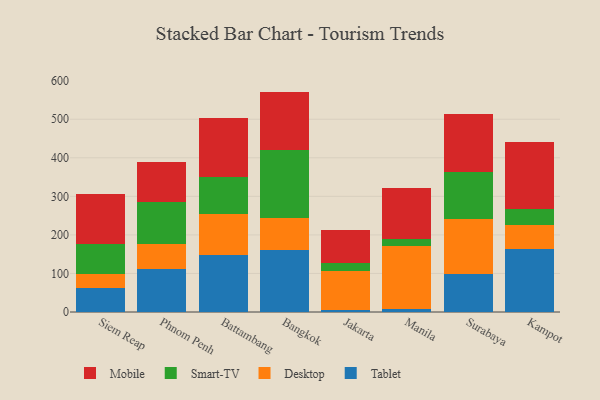
{"axis": {"x": "City", "y": "Page Views"}, "legend": ["Desktop", "Mobile", "Smart-TV", "Tablet"], "data": [{"x": "Siem Reap", "y": 61.4, "type": "Tablet"}, {"x": "Siem Reap", "y": 35.9, "type": "Desktop"}, {"x": "Siem Reap", "y": 78.0, "type": "Smart-TV"}, {"x": "Siem Reap", "y": 130.3, "type": "Mobile"}, {"x": "Phnom Penh", "y": 112.0, "type": "Tablet"}, {"x": "Phnom Penh", "y": 64.4, "type": "Desktop"}, {"x": "Phnom Penh", "y": 109.1, "type": "Smart-TV"}, {"x": "Phnom Penh", "y": 103.3, "type": "Mobile"}, {"x": "Battambang", "y": 147.3, "type": "Tablet"}, {"x": "Battambang", "y": 107.4, "type": "Desktop"}, {"x": "Battambang", "y": 94.7, "type": "Smart-TV"}, {"x": "Battambang", "y": 155.1, "type": "Mobile"}, {"x": "Bangkok", "y": 162.0, "type": "Tablet"}, {"x": "Bangkok", "y": 81.9, "type": "Desktop"}, {"x": "Bangkok", "y": 177.0, "type": "Smart-TV"}, {"x": "Bangkok", "y": 150.8, "type": "Mobile"}, {"x": "Jakarta", "y": 5.7, "type": "Tablet"}, {"x": "Jakarta", "y": 101.3, "type": "Desktop"}, {"x": "Jakarta", "y": 21.0, "type": "Smart-TV"}, {"x": "Jakarta", "y": 83.6, "type": "Mobile"}, {"x": "Manila", "y": 7.2, "type": "Tablet"}, {"x": "Manila", "y": 164.5, "type": "Desktop"}, {"x": "Manila", "y": 18.7, "type": "Smart-TV"}, {"x": "Manila", "y": 130.7, "type": "Mobile"}, {"x": "Surabaya", "y": 97.9, "type": "Tablet"}, {"x": "Surabaya", "y": 142.1, "type": "Desktop"}, {"x": "Surabaya", "y": 122.4, "type": "Smart-TV"}, {"x": "Surabaya", "y": 151.3, "type": "Mobile"}, {"x": "Kampot", "y": 164.7, "type": "Tablet"}, {"x": "Kampot", "y": 61.8, "type": "Desktop"}, {"x": "Kampot", "y": 40.2, "type": "Smart-TV"}, {"x": "Kampot", "y": 175.0, "type": "Mobile"}]}